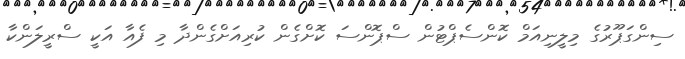
ސިންގަޕޫރުގެ މިލީނިއަމް ކޮންސެޕްޓުން ސްޕޮންސަ ކޮށްގެން ކުރިއަށްގެންދާ މި ފެއާ އަކީ ސްރީލަންކާ